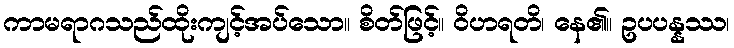
ကာမရာဂသည်ထိုးကျင့်အပ်သော။ စိတ်ဖြင့်။ ဝိဟရတိ၊ နေ၏။ ဥပပန္နဿ၊